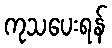
ကုသပေးရန်